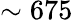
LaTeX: \sim 675